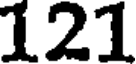
121